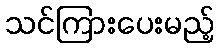
သင်ကြားပေးမည့်